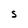
Character: S